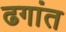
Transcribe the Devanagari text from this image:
ढगांत